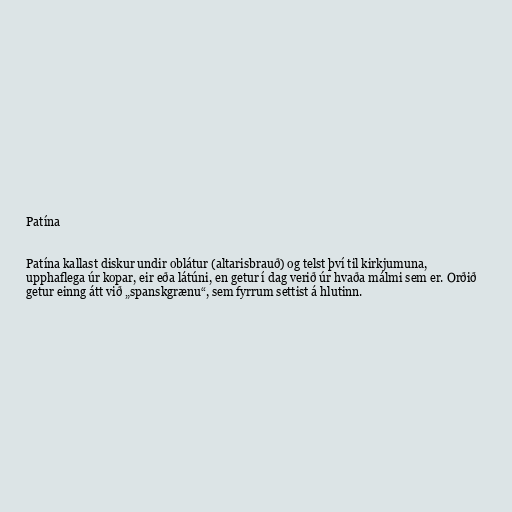
Patína

Patína kallast diskur undir oblátur (altarisbrauð) og telst því til kirkjumuna,
upphaflega úr kopar, eir eða látúni, en getur í dag verið úr hvaða málmi sem er. Orðið
getur einng átt við „spanskgrænu“, sem fyrrum settist á hlutinn.